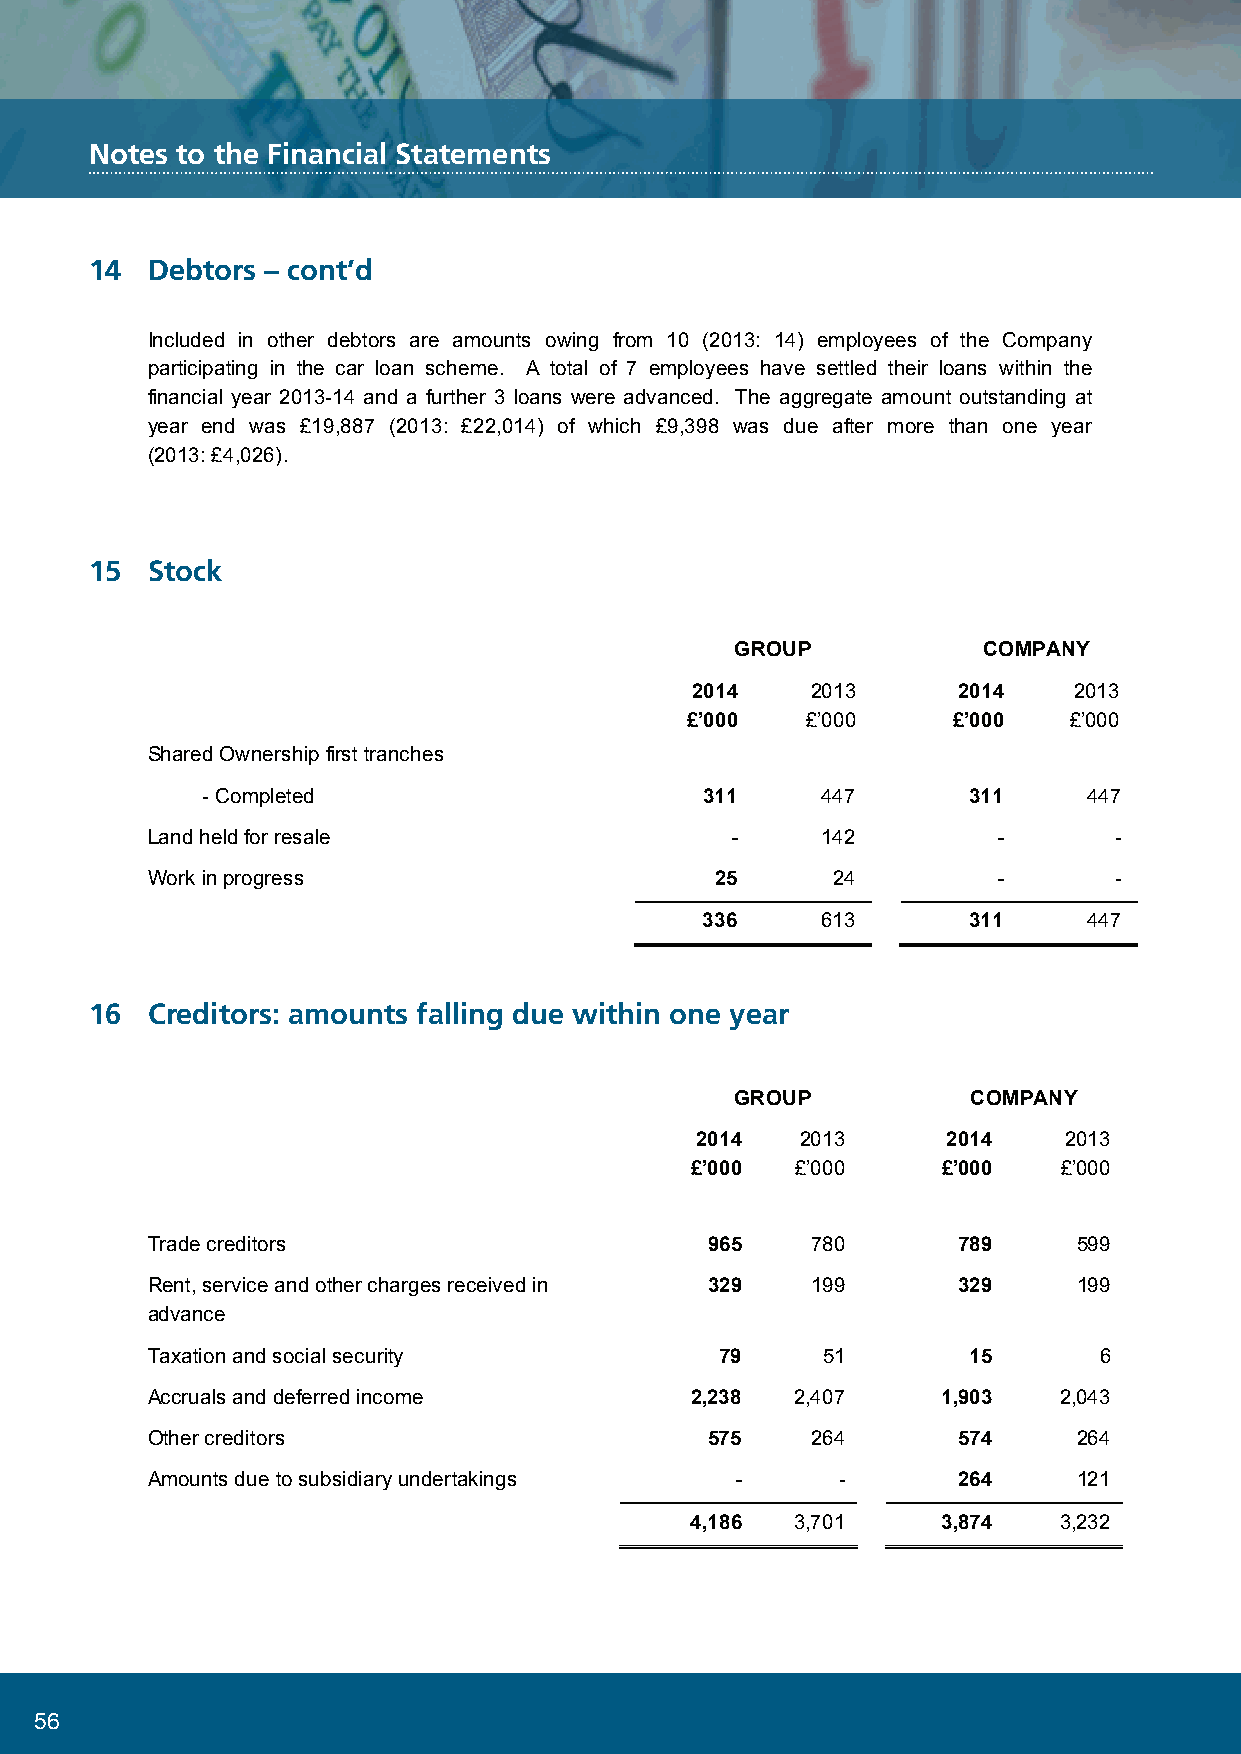
NoteCs otaos tthlien eF iHnaonucsiianlg S tLaimteimteedn ts
 Notes to the Financial Statements
 14  Debtors – cont’d
 14  Debtors – cont’d
 Included in other debtors are amounts owing from 10 (2013: 14) employees of the Company
 participating in the car loan scheme. A total of 7 employees have settled their loans within the
 financial year 2013-14 and a further 3 loans were advanced. The aggregate amount outstanding at
 year end was £19,887 (2013: £22,014) of which £9,398 was due after more than one year
 (2013: £4,026).
 15  Stock
 15  Stock
 GROUP           COMPANY
 2014    2013     2014    2013
 £’000   £’000     £’000   £’000
 Shared Ownership first tranches
 - Completed                       311    447       311     447
 Land held for resale                  -     142         -       -
 Work in progress                     25      24         -       -
 336    613       311     447
 16  Creditors: amounts falling due within one year
 16  Creditors: amounts falling due within one year
 GROUP          COMPANY
 2014   2013      2014   2013
 £’000  £’000    £’000   £’000
 Trade creditors                      965    780      789     599
 Rent, service and other charges received in 329 199  329     199
 advance
 Taxation and social security          79    51        15       6
 Accruals and deferred income        2,238  2,407    1,903   2,043
 Other creditors                      575    264      574     264
 Amounts due to subsidiary undertakings -     -       264     121
 4,186  3,701    3,874   3,232
 52
 56